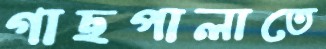
গাছপালাতে